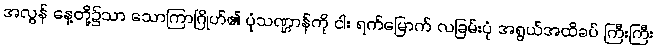
အလွန် နေ့တို့၌သာ သောကြာဂြိုဟ်၏ ပုံသဏ္ဌာန်ကို ငါး ရက်မြောက် လခြမ်းပုံ အရွယ်အထိခပ် ကြီးကြီး